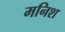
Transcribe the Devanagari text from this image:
मनिश